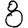
Digit: 8